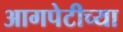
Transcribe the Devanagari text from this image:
आगपेटीच्या